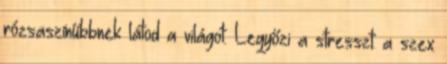
rózsaszínűbbnek látod a világot. Legyőzi a stresszt: a szex